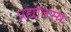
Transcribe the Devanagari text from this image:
प्रद्योतस्य